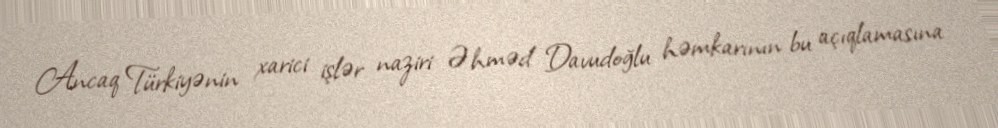
Ancaq Türkiyənin xarici işlər naziri Əhməd Davudoğlu həmkarının bu açıqlamasına